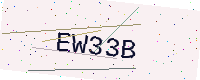
Text: EW33B